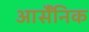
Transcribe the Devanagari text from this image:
आर्सैंनिक